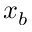
x _ { b }